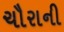
ચૌરાની